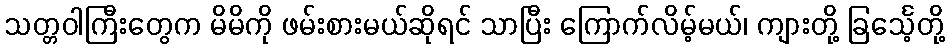
သတ္တဝါကြီးတွေက မိမိကို ဖမ်းစားမယ်ဆိုရင် သာပြီး ကြောက်လိမ့်မယ်၊ ကျားတို့ ခြင်္သေ့တို့